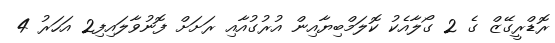
ރޮޑްރީގޭޒް ގެ 2 ގޯލާއެކު ކޮލަމްބިޔާއިން އުރުގުއާއި ރަށަށް ފޮނުވާލައިފި2 އަހަރު 4